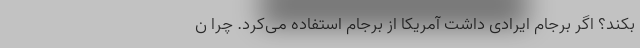
بکند؟ اگر برجام ایرادی داشت آمریکا از برجام استفاده می‌کرد. چرا ن